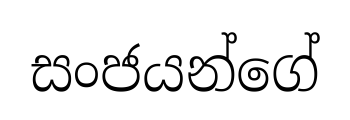
සංජයන්ගේ